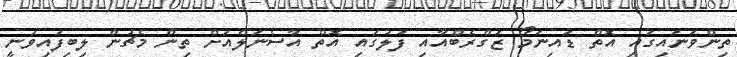
ތިންވަނައިގައި އޮތް ޑައިނަމޯ ޒަގްރެބްއާއި ފުލުގައި އޮތް އާސެނަލްއަށް ތިން މެޗުން ލިބިފައިވަނީ